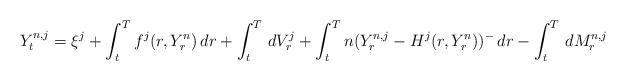
LaTeX: \begin{align*}Y^{n,j}_t=\xi^j+\int_t^T f^j(r,Y^n_r)\,dr+\int_t^T\,dV^j_r+\int_t^Tn(Y^{n,j}_r-H^j(r,Y^n_r))^-\,dr-\int_t^T\,dM^{n,j}_r\end{align*}